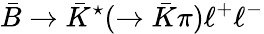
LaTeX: \bar{B}\to\bar{K}^{\star}(\to\bar{K}\pi)\ell^{+}\ell^{-}